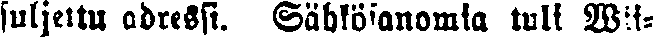
suljettu adressi. Sähkösanomia tuli Wii-